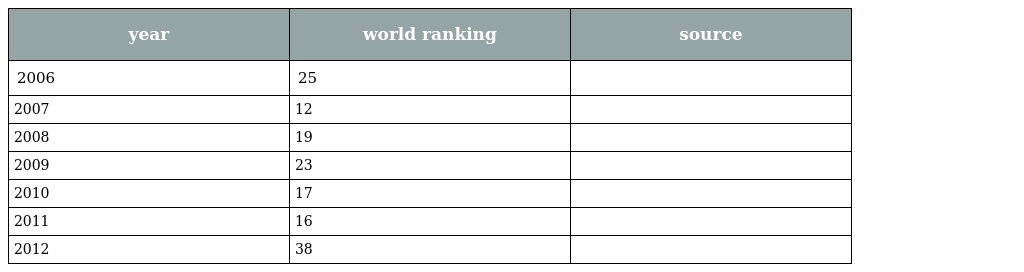
| year | world ranking | source |
 | --- | --- | --- |
 | 2006 | 25 |  |
 | 2007 | 12 |  |
 | 2008 | 19 |  |
 | 2009 | 23 |  |
 | 2010 | 17 |  |
 | 2011 | 16 |  |
 | 2012 | 38 |  |